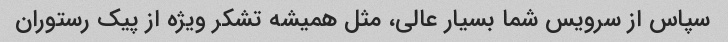
سپاس از سرویس شما بسیار عالی، مثل همیشه تشکر ویژه از پیک رستوران